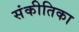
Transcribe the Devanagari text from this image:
संकीतिका